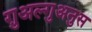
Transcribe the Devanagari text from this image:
ग़ुअल्गुअनुस